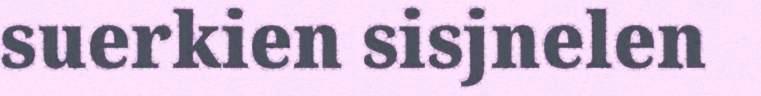
suerkien sisjnelen